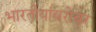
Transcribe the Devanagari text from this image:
भारतीयांबरोबर